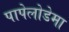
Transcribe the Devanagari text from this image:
पापेलोडेमा